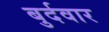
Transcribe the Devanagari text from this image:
बुर्दवार